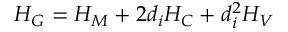
H _ { G } = H _ { M } + 2 d _ { i } H _ { C } + d _ { i } ^ { 2 } H _ { V }